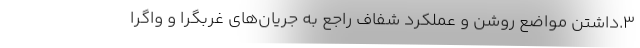
۳.داشتن مواضع روشن و عملکرد شفاف راجع به جریان‌های غربگرا و واگرا